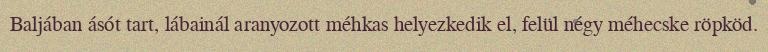
Baljában ásót tart, lábainál aranyozott méhkas helyezkedik el, felül négy méhecske röpköd.